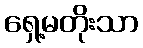
ရှေ့မတိုးသာ